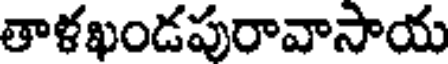
తాళఖండపురావాసాయ